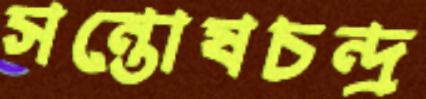
সন্তোষচন্দ্র